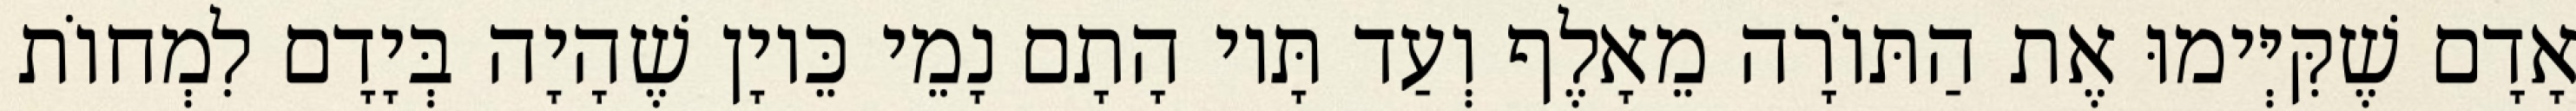
אָדָם שֶׁקִּיְּימוּ אֶת הַתּוֹרָה מֵאָלֶף וְעַד תָּיו הָתָם נָמֵי כֵּיוָן שֶׁהָיָה בְּיָדָם לִמְחוֹת